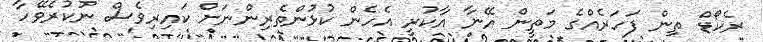
ރެކޯޑް ތިން ފަހަރެއްގެ މަތީން އޭނާ އާކުރީ އެހެން ކުޅުންތެރިންނަށް ކައިރިވެސް ނުކުރެވޭހާ